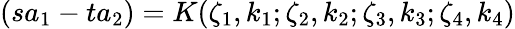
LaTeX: (sa_{1}-ta_{2})=K(\zeta_{1},k_{1};\zeta_{2},k_{2};\zeta_{3},k_{3};\zeta_{4},k_{4})